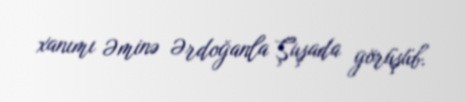
xanımı Əminə Ərdoğanla Şuşada görüşüb.